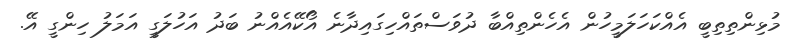
މުޅިންތިތިބީ އެއްކަހަލަމީހުން އެހެންތިއްބާ ދުވަސްތައްހިގައިދާނެ އޯކޭއެއްނު ބަދު އަހުލަގީ އަމަލު ހިންގީ އޭ.